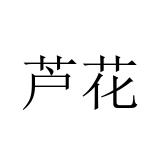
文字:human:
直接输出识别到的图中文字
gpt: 芦花